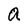
Character: a